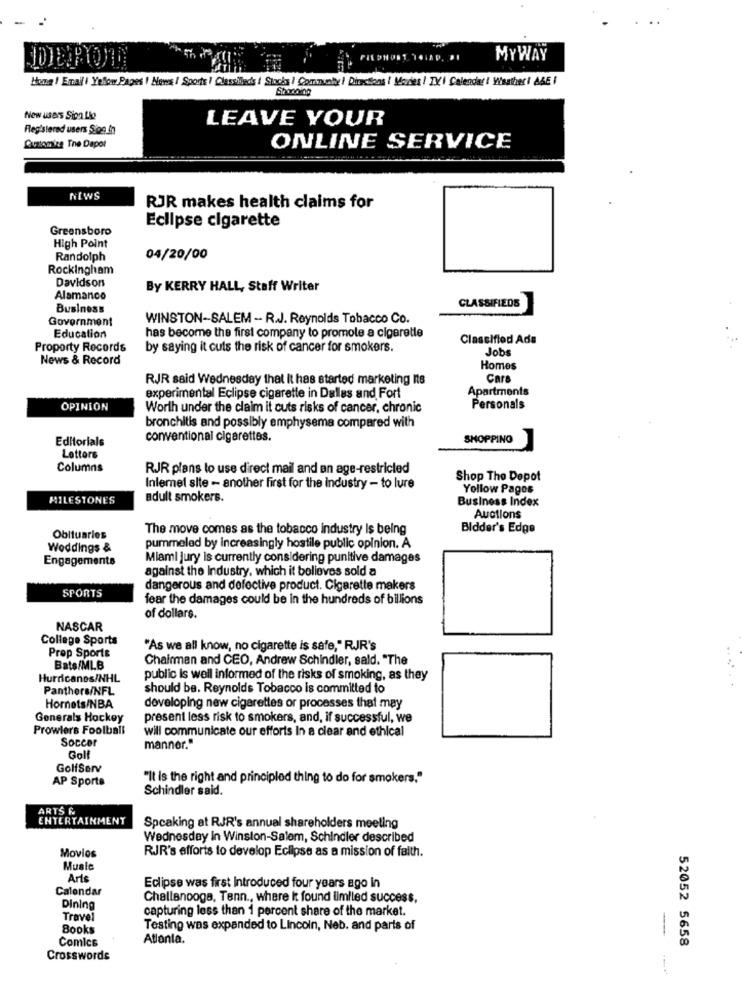
MYWAY
Home ! Email | Yelow Pages | News / Sports / Classifieds / Stocks / Community | Directions | Movies | TV | Calendar I Wastheri AGE I
New users Sion Lio
LEAVE YOUR
Registered users Sion In
Curtomize The Dapor
ONLINE SERVICE
NIWS
RJR makes health claims for
Eclipse cigarette
Greensboro
High Point
Randolph
04/20/00
Rockingham
Davidson
By KERRY HALL, Staff Writer
Alamance
Business
CLASSIFIEDS
Government
WINSTON-SALEM - R.J. Reynolds Tobacco Co.
Education
has become the first company to promote a cigarette
Classified Ads
Proporty Records
by saying it cuts the risk of cancer for smokers.
Jobs
News & Record
Homes
RJR said Wednesday that It has started marketing Its
Cars
Apartments
experimental Eclipse cigarette in Dallas and Fort
OPINION
Worth under the claim it cuts risks of cancer, chronic
Personals
bronchitis and possibly emphysema compared with
Editorials
conventional cigarettes.
SHOPPING
Letters
Columns
RJR plans to use direct mail and an age-restricted
Shop The Depot
Inlemel site - another first for the industry - to lure
Yollow Pagos
MILESTONES
adult smokers.
Business Index
Auctions
The move comes as the tobacco industry Is being
Bidder's Edge
Obituaries
Weddings &
pummeled by increasingly hostile public opinion. A
Engagements
Miami jury is currently considering punitive damages
against the Industry, which it believes sold a
SPORTS
dangerous and defective product. Cigarette makers
fear the damages could be in the hundreds of billions
of dollars.
NASCAR
College Sports
Prop Sports
"As we all know, no cigarette is safe," RJR's
Chairman and CEO, Andrew Schindler, sald. "The
Bats/MLB
Hurricanes/NHL
public is well informed of the risks of smoking, as they
Panthers/NFL
should be. Reynolds Tobacco is committed to
Hornets/NBA
developing new cigarettes or processes that may
Generals Hockey
present less risk to smokers, and, if successful, we
Prowiers Foolball
will communicate our efforts In a clear and ethical
Soccer
manner."
Golf
GolfServ
AP Sports
"It is the right and principled thing to do for smokers."
Schindler said.
ARTS &
ENTERTAINMENT
Speaking at RJR's annual shareholders meeting
Wednesday In Winston-Salem, Schindler described
RJR's efforts to develop Eclipse as a mission of faith.
Movios
Music
Aris
Calendar
Eclipse was first Introduced four years ago In
Challanooga, Tenn ., where It found limited success,
Dining
capturing less than 1 percent share of the market.
Travel
Books
Testing was expanded to Lincoln, Neb. and parts of
Atlanta.
52052 5658
Comics
Crosswords